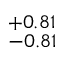
_ { - 0 . 8 1 } ^ { + 0 . 8 1 }